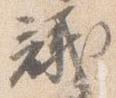
議